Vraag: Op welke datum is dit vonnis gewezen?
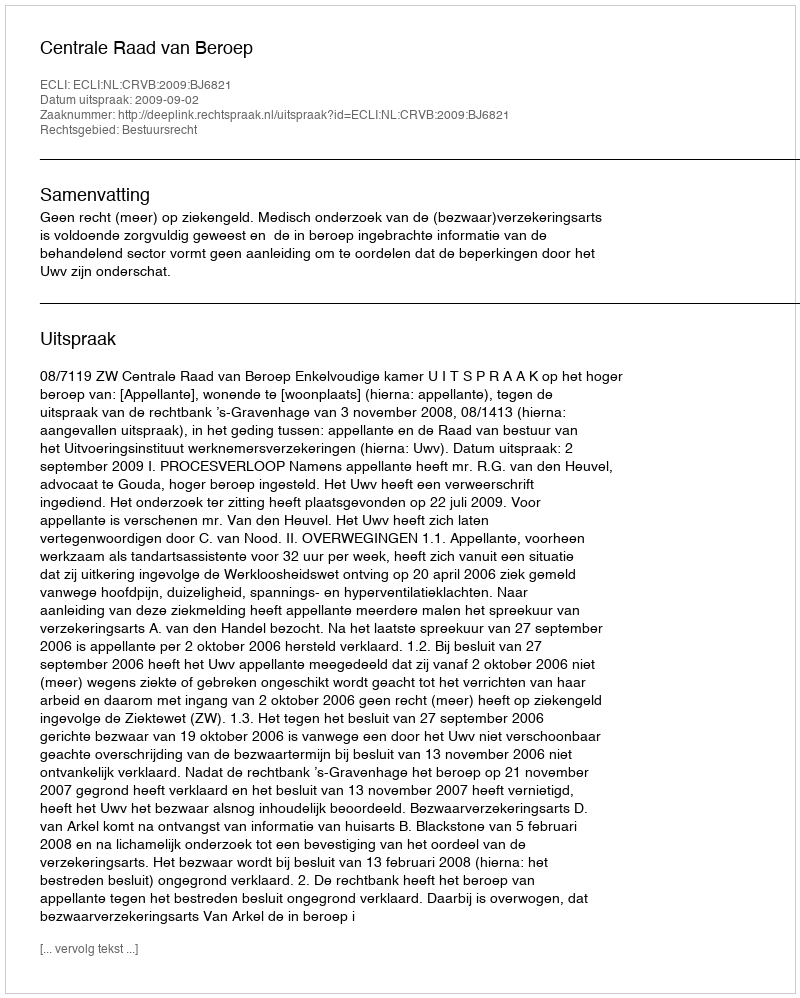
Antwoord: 2009-09-02